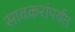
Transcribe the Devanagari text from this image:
सावकरांपर्यंत